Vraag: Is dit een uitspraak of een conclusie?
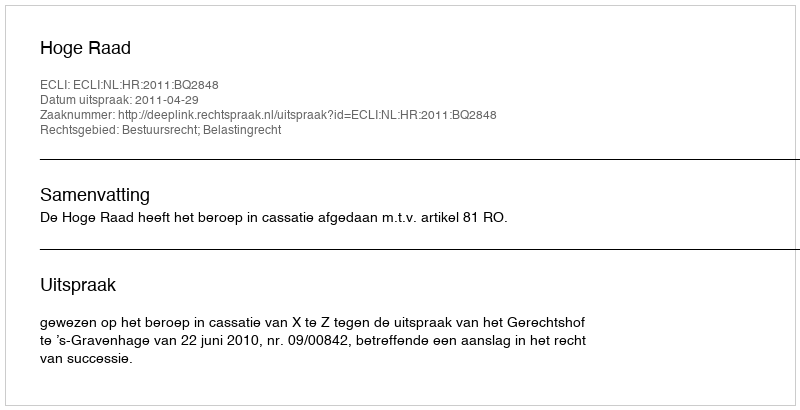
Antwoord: Uitspraak